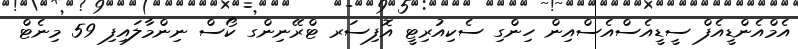
އެމްއެންޑީއެފް ސީޑީއެސްއެސްއިން ހިންގި ސެކިއުރިޓީ އޮފިސަރ ޓްރޭނިންގ ކޯސް ނިންމާލައިފި 59 މިނެޓް